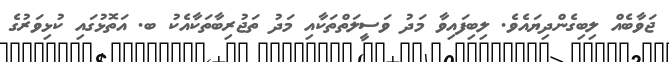
ޖަވާބެއް ލިބިގެންދިޔައެވެ. ލިބިފައިވާ މަދު ވަސީލަތްތަކާއި މަދު ތަޖުރިބާތަކާއެކު ބ. އަތޮޅުގައި ކުޅިވަރުގެ